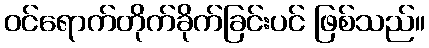
ဝင်ရောက်တိုက်ခိုက်ခြင်းပင် ဖြစ်သည်။